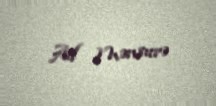
Ad Mənsurə